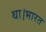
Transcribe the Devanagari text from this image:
था।भारत